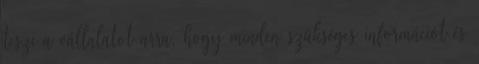
teszi a vállalatot arra, hogy minden szükséges információt és